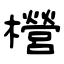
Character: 櫿